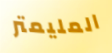
المليمتر